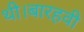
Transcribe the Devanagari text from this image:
थी।बारहवी